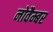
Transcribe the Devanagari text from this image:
नोवैम्बर